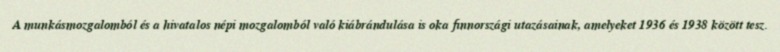
A munkásmozgalomból és a hivatalos népi mozgalomból való kiábrándulása is oka finnországi utazásainak, amelyeket 1936 és 1938 között tesz.